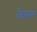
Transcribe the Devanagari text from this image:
त्रिप्रयर